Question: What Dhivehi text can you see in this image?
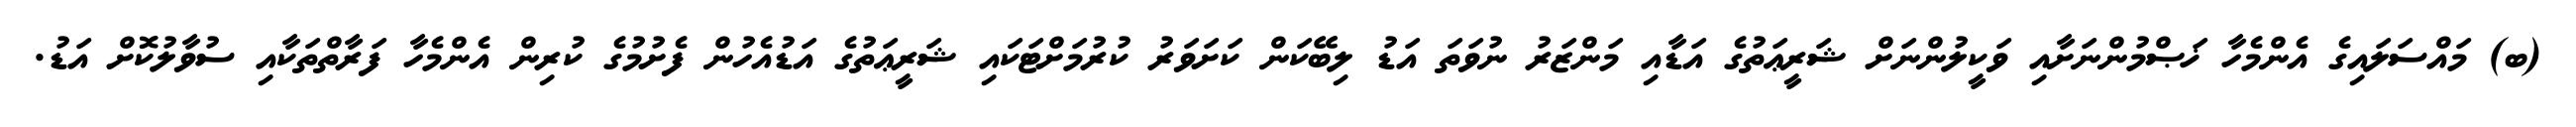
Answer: (ބ) މައްސަލައިގެ އެންމެހާ ޚަޞްމުންނަށާއި ވަކީލުންނަށް ޝަރީޢަތުގެ އަޑާއި މަންޒަރު ނުވަތަ އަޑު ލިބޭކަން ކަށަވަރު ކުރުމަށްޓަކައި ޝަރީޢަތުގެ އަޑުއެހުން ފެށުމުގެ ކުރިން އެންމެހާ ފަރާތްތަކާއި ސުވާލުކޮށް އަޑު.